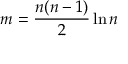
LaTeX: m = { \frac { n ( n - 1 ) } { 2 } } \ln n